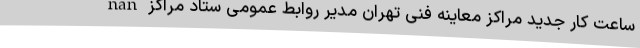
nan ساعت کار جدید مراکز معاینه فنی تهران مدیر روابط عمومی ستاد مراکز